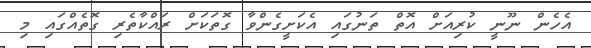
އެހެން ނޫނީ ކުރިއަށް އޮތް ތަނުގައި އެކަށީގެންވާ ގޮތަކަށް ރައްކާތެރި ގޮތެއްގައި މި